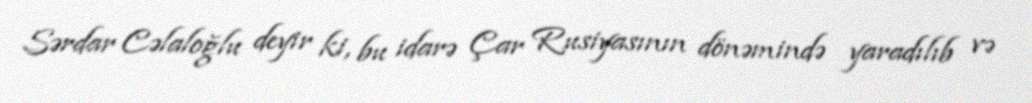
Sərdar Cəlaloğlu deyir ki, bu idarə Çar Rusiyasının dönəmində yaradılıb və